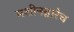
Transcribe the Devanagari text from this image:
मशीनद्वारेच